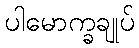
ပါမောက္ခချုပ်